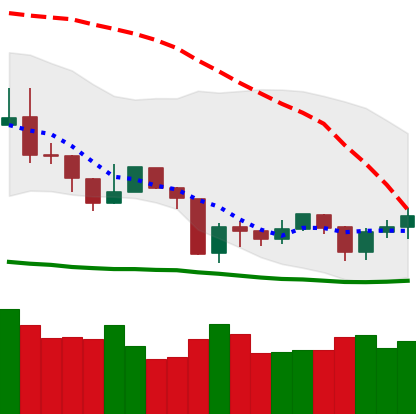
Ticker: NEO-USD
Chart end date: 2019-08-24
Forward return: -13.34%
Label: down_7plus